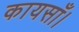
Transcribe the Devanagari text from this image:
कायसाँ।